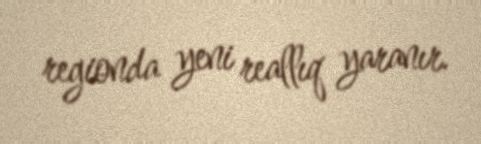
regionda yeni reallıq yaranır.